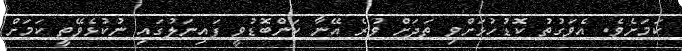
ކަމަށެވެ. އެވަގުތު ކޮޑުހުޅަށްވި ތަދަށް ވުރެ އޭނާ ކަންބޮޑުވީ ފައިނަލުގައި ނުކުޅެވޭތީ ކަމަށް